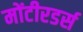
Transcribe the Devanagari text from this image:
मोंटीरडर्स